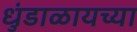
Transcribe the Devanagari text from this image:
धुंडाळायच्या